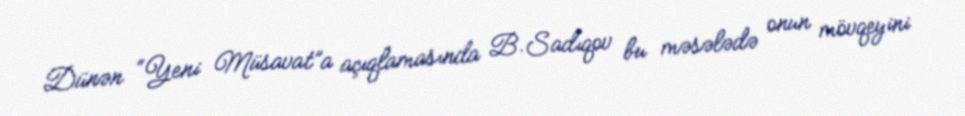
Dünən “Yeni Müsavat”a açıqlamasında B.Sadıqov bu məsələdə onun mövqeyini